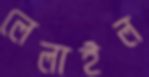
লেলাইল